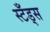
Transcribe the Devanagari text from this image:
स्टँड्स